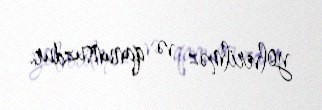
yolverilməz və qanunsuzdur.